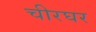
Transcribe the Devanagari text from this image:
चीरघर